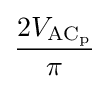
{\frac {2V_{\mathrm {AC_{p}} }}{\pi }}